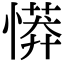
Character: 𢟨